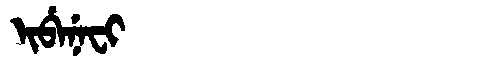
Manchu: ᡳᠪᡝᠨᡝᠸᡳ
Romanization: IBENEFI